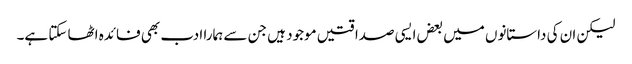
لیکن ان کی داستانوں میں بعض ایسی صداقتیں موجود ہیں جن سے ہمارا ادب بھی فائدہ اٹھا سکتا ہے۔